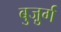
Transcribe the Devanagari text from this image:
बुजु़र्ग